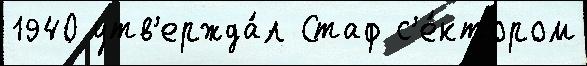
1940 утв'ержда́л Стаф с'е́ктором